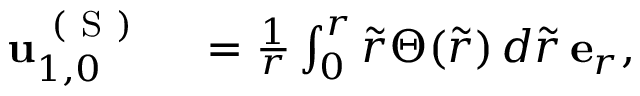
\begin{array} { r l } { \mathbf { u } _ { 1 , 0 } ^ { \mathrm { ~ ( ~ S ~ ) ~ } } } & { { } = \frac { 1 } { r } \int _ { 0 } ^ { r } \tilde { r } \Theta ( \tilde { r } ) \, d \tilde { r } \, \mathbf { e } _ { r } , } \end{array}